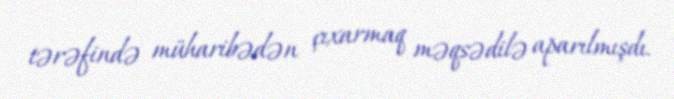
tərəfində müharibədən çıxarmaq məqsədilə aparılmışdı.